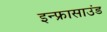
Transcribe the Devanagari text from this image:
इन्फ्रासाउंड